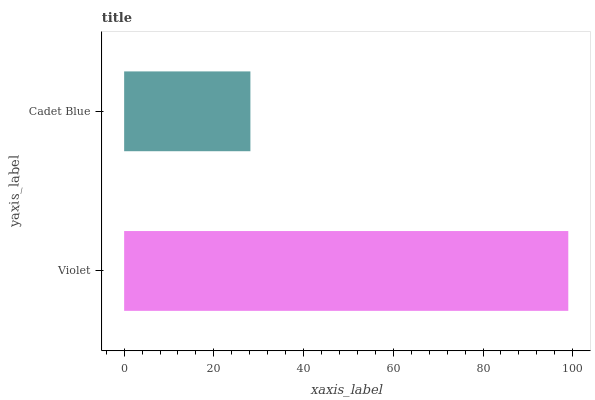
| yaxis_label | bars |
 | --- | --- |
 | Violet | 99 |
 | Cadet Blue | 28.1 |